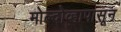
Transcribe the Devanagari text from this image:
मोल्दोव्हापासून